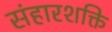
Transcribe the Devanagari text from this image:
संहारशक्ति